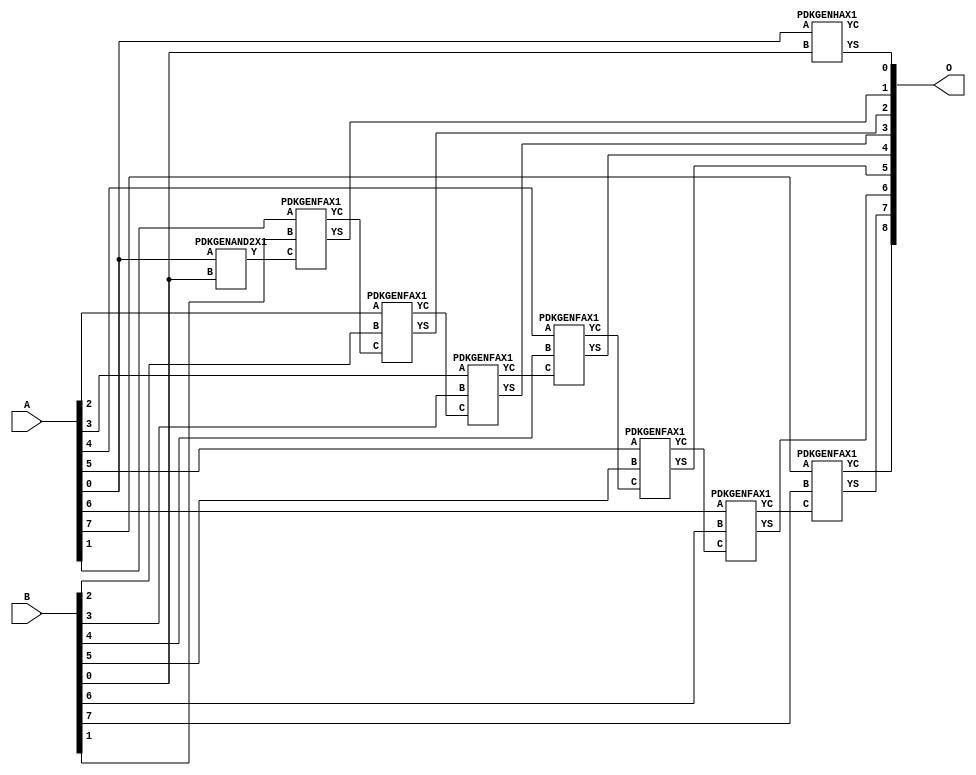
// Library = EvoApprox8b
// Circuit = add8_345
// Area   (180) = 952
// Delay  (180) = 1.670
// Power  (180) = 343.40
// Area   (45) = 69
// Delay  (45) = 0.630
// Power  (45) = 33.28
// Nodes = 9
// HD = 0
// MAE = 0.00000
// MSE = 0.00000
// MRE = 0.00 %
// WCE = 0
// WCRE = 0 %
// EP = 0.0 %

module add8_345(A, B, O);
  input [7:0] A;
  input [7:0] B;
  output [8:0] O;
  wire [2031:0] N;

  assign N[0] = A[0];
  assign N[1] = A[0];
  assign N[2] = A[1];
  assign N[3] = A[1];
  assign N[4] = A[2];
  assign N[5] = A[2];
  assign N[6] = A[3];
  assign N[7] = A[3];
  assign N[8] = A[4];
  assign N[9] = A[4];
  assign N[10] = A[5];
  assign N[11] = A[5];
  assign N[12] = A[6];
  assign N[13] = A[6];
  assign N[14] = A[7];
  assign N[15] = A[7];
  assign N[16] = B[0];
  assign N[17] = B[0];
  assign N[18] = B[1];
  assign N[19] = B[1];
  assign N[20] = B[2];
  assign N[21] = B[2];
  assign N[22] = B[3];
  assign N[23] = B[3];
  assign N[24] = B[4];
  assign N[25] = B[4];
  assign N[26] = B[5];
  assign N[27] = B[5];
  assign N[28] = B[6];
  assign N[29] = B[6];
  assign N[30] = B[7];
  assign N[31] = B[7];

  PDKGENAND2X1 n32(.A(N[0]), .B(N[16]), .Y(N[32]));
  PDKGENHAX1 n76(.A(N[0]), .B(N[16]), .YS(N[76]), .YC(N[77]));
  PDKGENFAX1 n82(.A(N[2]), .B(N[18]), .C(N[32]), .YS(N[82]), .YC(N[83]));
  PDKGENFAX1 n132(.A(N[4]), .B(N[20]), .C(N[83]), .YS(N[132]), .YC(N[133]));
  PDKGENFAX1 n182(.A(N[6]), .B(N[22]), .C(N[133]), .YS(N[182]), .YC(N[183]));
  PDKGENFAX1 n232(.A(N[8]), .B(N[24]), .C(N[183]), .YS(N[232]), .YC(N[233]));
  PDKGENFAX1 n282(.A(N[10]), .B(N[26]), .C(N[233]), .YS(N[282]), .YC(N[283]));
  PDKGENFAX1 n332(.A(N[12]), .B(N[28]), .C(N[283]), .YS(N[332]), .YC(N[333]));
  PDKGENFAX1 n382(.A(N[14]), .B(N[30]), .C(N[333]), .YS(N[382]), .YC(N[383]));

  assign O[0] = N[76];
  assign O[1] = N[82];
  assign O[2] = N[132];
  assign O[3] = N[182];
  assign O[4] = N[232];
  assign O[5] = N[282];
  assign O[6] = N[332];
  assign O[7] = N[382];
  assign O[8] = N[383];

endmodule
/* mod */
module PDKGENHAX1( input A, input B, output YS, output YC );
    assign YS = A ^ B;
    assign YC = A & B;
endmodule
/* mod */
module PDKGENAND2X1(input A, input B, output Y );
     assign Y = A & B;
endmodule
/* mod */
module PDKGENFAX1( input A, input B, input C, output YS, output YC );
    assign YS = (A ^ B) ^ C;
    assign YC = (A & B) | (B & C) | (A & C);
endmodule